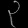
Digit: ၃